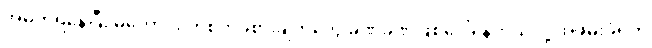
အမှတ်ရနေပြီး မကောင်း တဲ့စိတ်ခံစားချက်တွေ ခဏခဏဖြစ်ပေါ်နေတယ်လို့ အဖမ်းခံရတဲ့